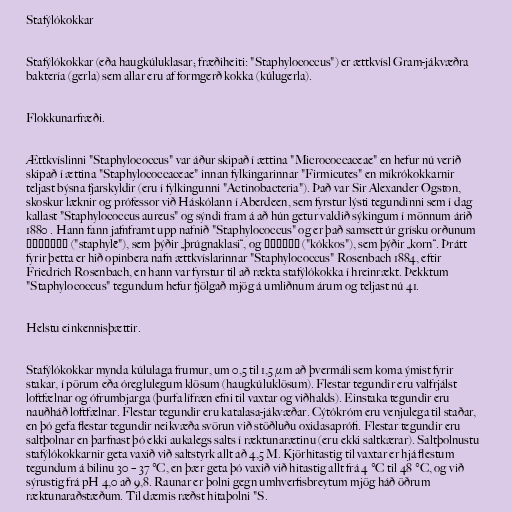
Stafýlókokkar

Stafýlókokkar (eða haugkúluklasar; fræðiheiti: "Staphylococcus") er ættkvísl Gram-jákvæðra
baktería (gerla) sem allar eru af formgerð kokka (kúlugerla).

Flokkunarfræði.

Ættkvíslinni "Staphylococcus" var áður skipað í ættina "Micrococcaceae" en hefur nú verið
skipað í ættina "Staphylococcaceae" innan fylkingarinnar "Firmicutes" en míkrókokkarnir
teljast býsna fjarskyldir (eru í fylkingunni "Actinobacteria"). Það var Sir Alexander Ogston,
skoskur læknir og prófessor við Háskólann í Aberdeen, sem fyrstur lýsti tegundinni sem í dag
kallast "Staphylococcus aureus" og sýndi fram á að hún getur valdið sýkingum í mönnum árið
1880 . Hann fann jafnframt upp nafnið "Staphylococcus" og er það samsett úr grísku orðunum
σταφυλή ("staphylē"), sem þýðir „þrúgnaklasi“, og κόκκος ("kókkos"), sem þýðir „korn“. Þrátt
fyrir þetta er hið opinbera nafn ættkvíslarinnar "Staphylococcus" Rosenbach 1884, eftir
Friedrich Rosenbach, en hann var fyrstur til að rækta stafýlókokka í hreinrækt. Þekktum
"Staphylococcus" tegundum hefur fjölgað mjög á umliðnum árum og teljast nú 41.

Helstu einkennisþættir.

Stafýlókokkar mynda kúlulaga frumur, um 0,5 til 1,5 µm að þvermáli sem koma ýmist fyrir
stakar, í pörum eða óreglulegum klösum (haugkúluklösum). Flestar tegundir eru valfrjálst
loftfælnar og ófrumbjarga (þurfa lífræn efni til vaxtar og viðhalds). Einstaka tegundir eru
nauðháð loftfælnar. Flestar tegundir eru katalasa-jákvæðar. Cýtókróm eru venjulega til staðar,
en þó gefa flestar tegundir neikvæða svörun við stöðluðu oxidasaprófi. Flestar tegundir eru
saltþolnar en þarfnast þó ekki aukalegs salts í ræktunarætinu (eru ekki saltkærar). Saltþolnustu
stafýlókokkarnir geta vaxið við saltstyrk allt að 4,5 M. Kjörhitastig til vaxtar er hjá flestum
tegundum á bilinu 30 – 37 °C, en þær geta þó vaxið við hitastig allt frá 4 °C til 48 °C, og við
sýrustig frá pH 4,0 að 9,8. Raunar er þolni gegn umhverfisbreytum mjög háð öðrum
ræktunaraðstæðum. Til dæmis ræðst hitaþolni "S.